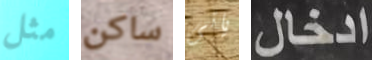
مثل ساكن ياتى ادخال